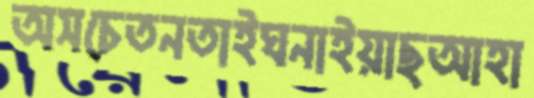
অসচেতনতাইঘনাইয়াছআহা